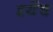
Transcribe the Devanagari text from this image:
इथेंच